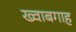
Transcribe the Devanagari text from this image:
ख्‍वाबगाह